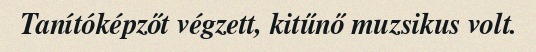
Tanítóképzőt végzett, kitűnő muzsikus volt.